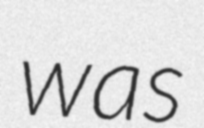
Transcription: was